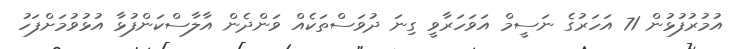
އުމުރުފުޅުން 71 އަހަރުގެ ނަސީމް އަވަހަރާވީ ގިނަ ދުވަސްތަކެއް ވަންދެން އާލާސްކަންފުޅާ އުޅުވުމަށްފަހު